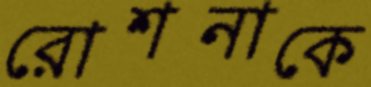
রোশনাকে